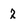
Character: 2